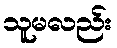
သူမလည်း